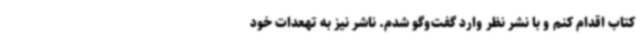
کتاب اقدام کنم و با نشر نظر وارد گفت‌وگو شدم. ناشر نیز به تهعدات خود